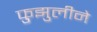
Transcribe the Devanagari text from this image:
फुझुलीने